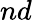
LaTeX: nd